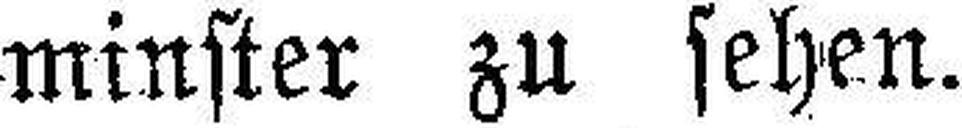
minster zu sehen.